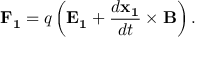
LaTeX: \mathbf { F _ { 1 } } = q \left( \mathbf { E _ { 1 } } + { \frac { d \mathbf { x _ { 1 } } } { d t } } \times \mathbf { B } \right) .